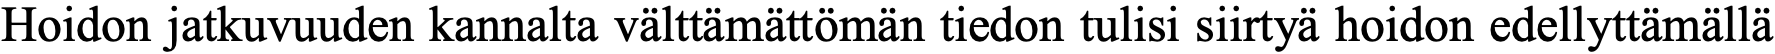
Hoidon jatkuvuuden kannalta välttämättömän tiedon tulisi siirtyä hoidon edellyttämällä